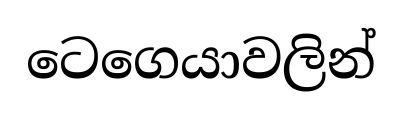
ටෙගෙයාවලින්